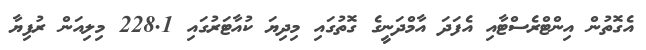
އެގޮތުން އިންޓްރެސްޓާއި އެފަދަ އާމްދަނީގެ ގޮތުގައި މިދިޔަ ކުއާޓަރުގައި 228.1 މިލިއަން ރުފިޔާ